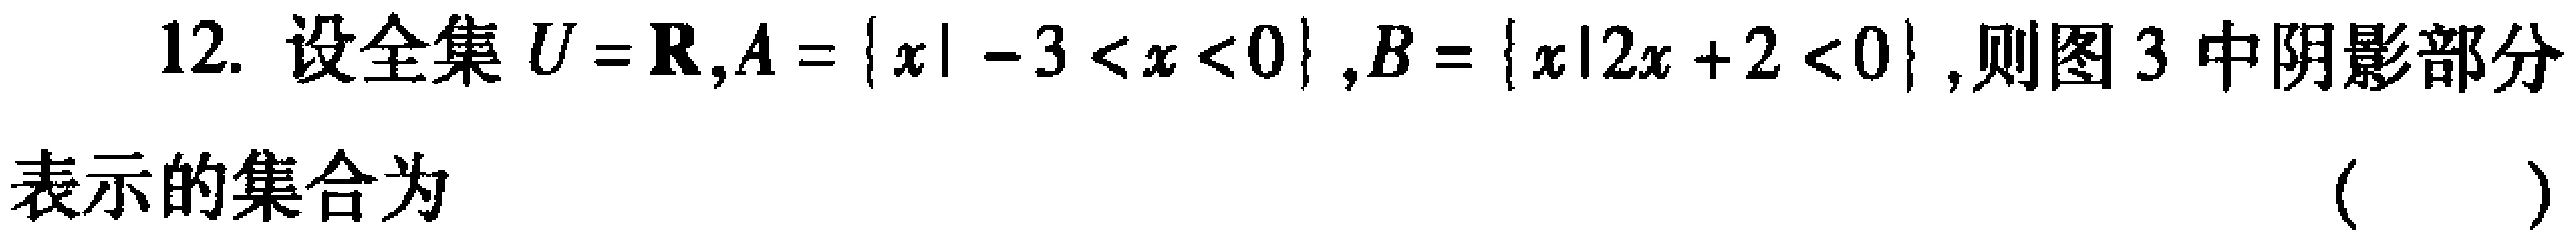
12. 设全集\(U = \mathbf{R},A = \{x\mid - 3 < x < 0\},B = \{x\mid 2x + 2 < 0\}\),则图3中阴影部分表示的集合为 （  ）